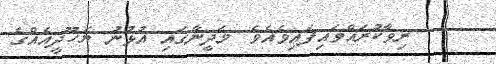
ރިވާކުރައްވައިފައިވެއެވެ. މަދީނާގައި އުޅުނު ޔަހޫދީއެއްގެ